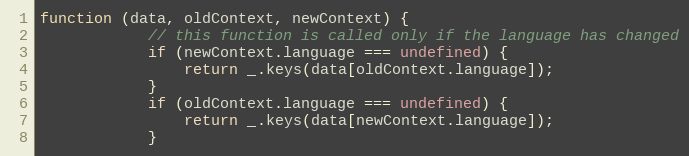
Language: JavaScript
function (data, oldContext, newContext) {
            // this function is called only if the language has changed
            if (newContext.language === undefined) {
                return _.keys(data[oldContext.language]);
            }
            if (oldContext.language === undefined) {
                return _.keys(data[newContext.language]);
            }